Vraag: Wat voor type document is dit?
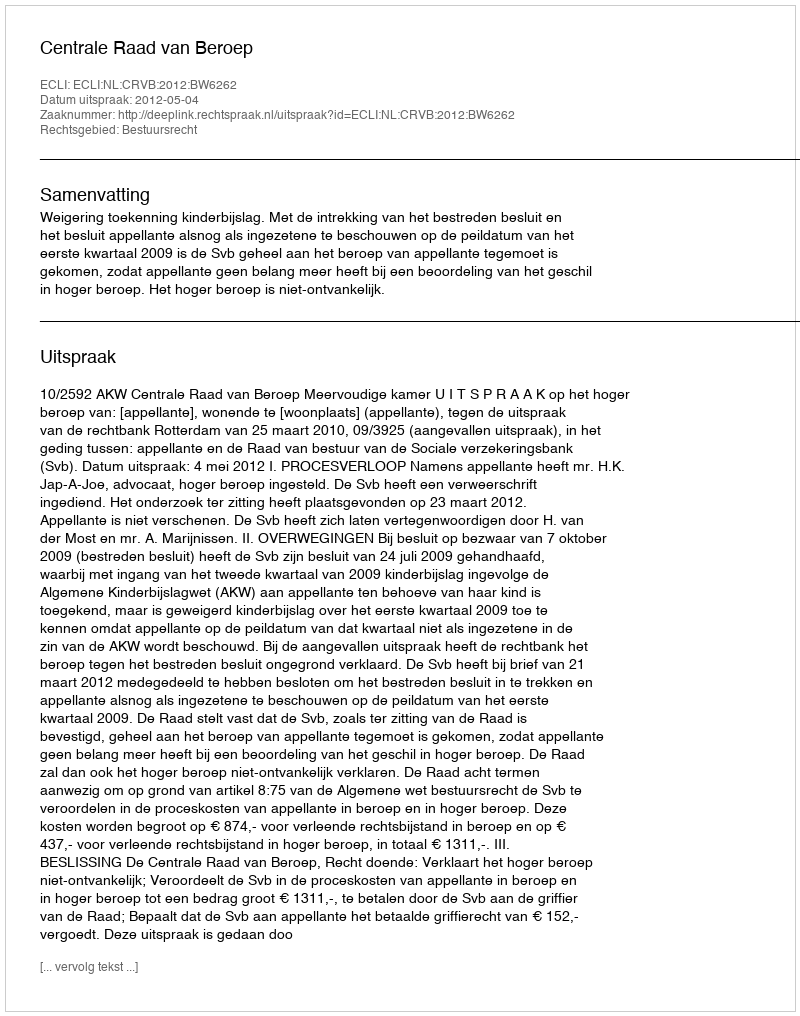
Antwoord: Uitspraak